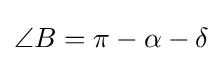
\angle B=\pi -\alpha -\delta